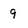
Character: g